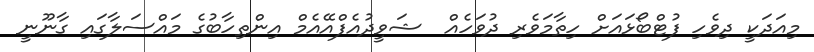
މިއަދަކީ ދިވެހި ފުޓްބޯޅައަށް ހިތާމަވެރި ދުވަހެއް  ޝަވީދުއެފްއޭއެމް އިންތިހާބުގެ މައްސަލާގައި ގާނޫނީ